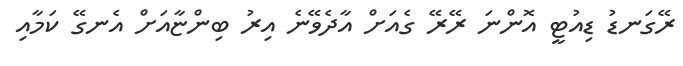
ރޭގަނޑު ޑިއުޓީ އޮންނަ ރޭރޭ ގެއަށް އާދެވޭނެ އިރު ބިންޏާއަށް އެނގޭ ކަމާއި